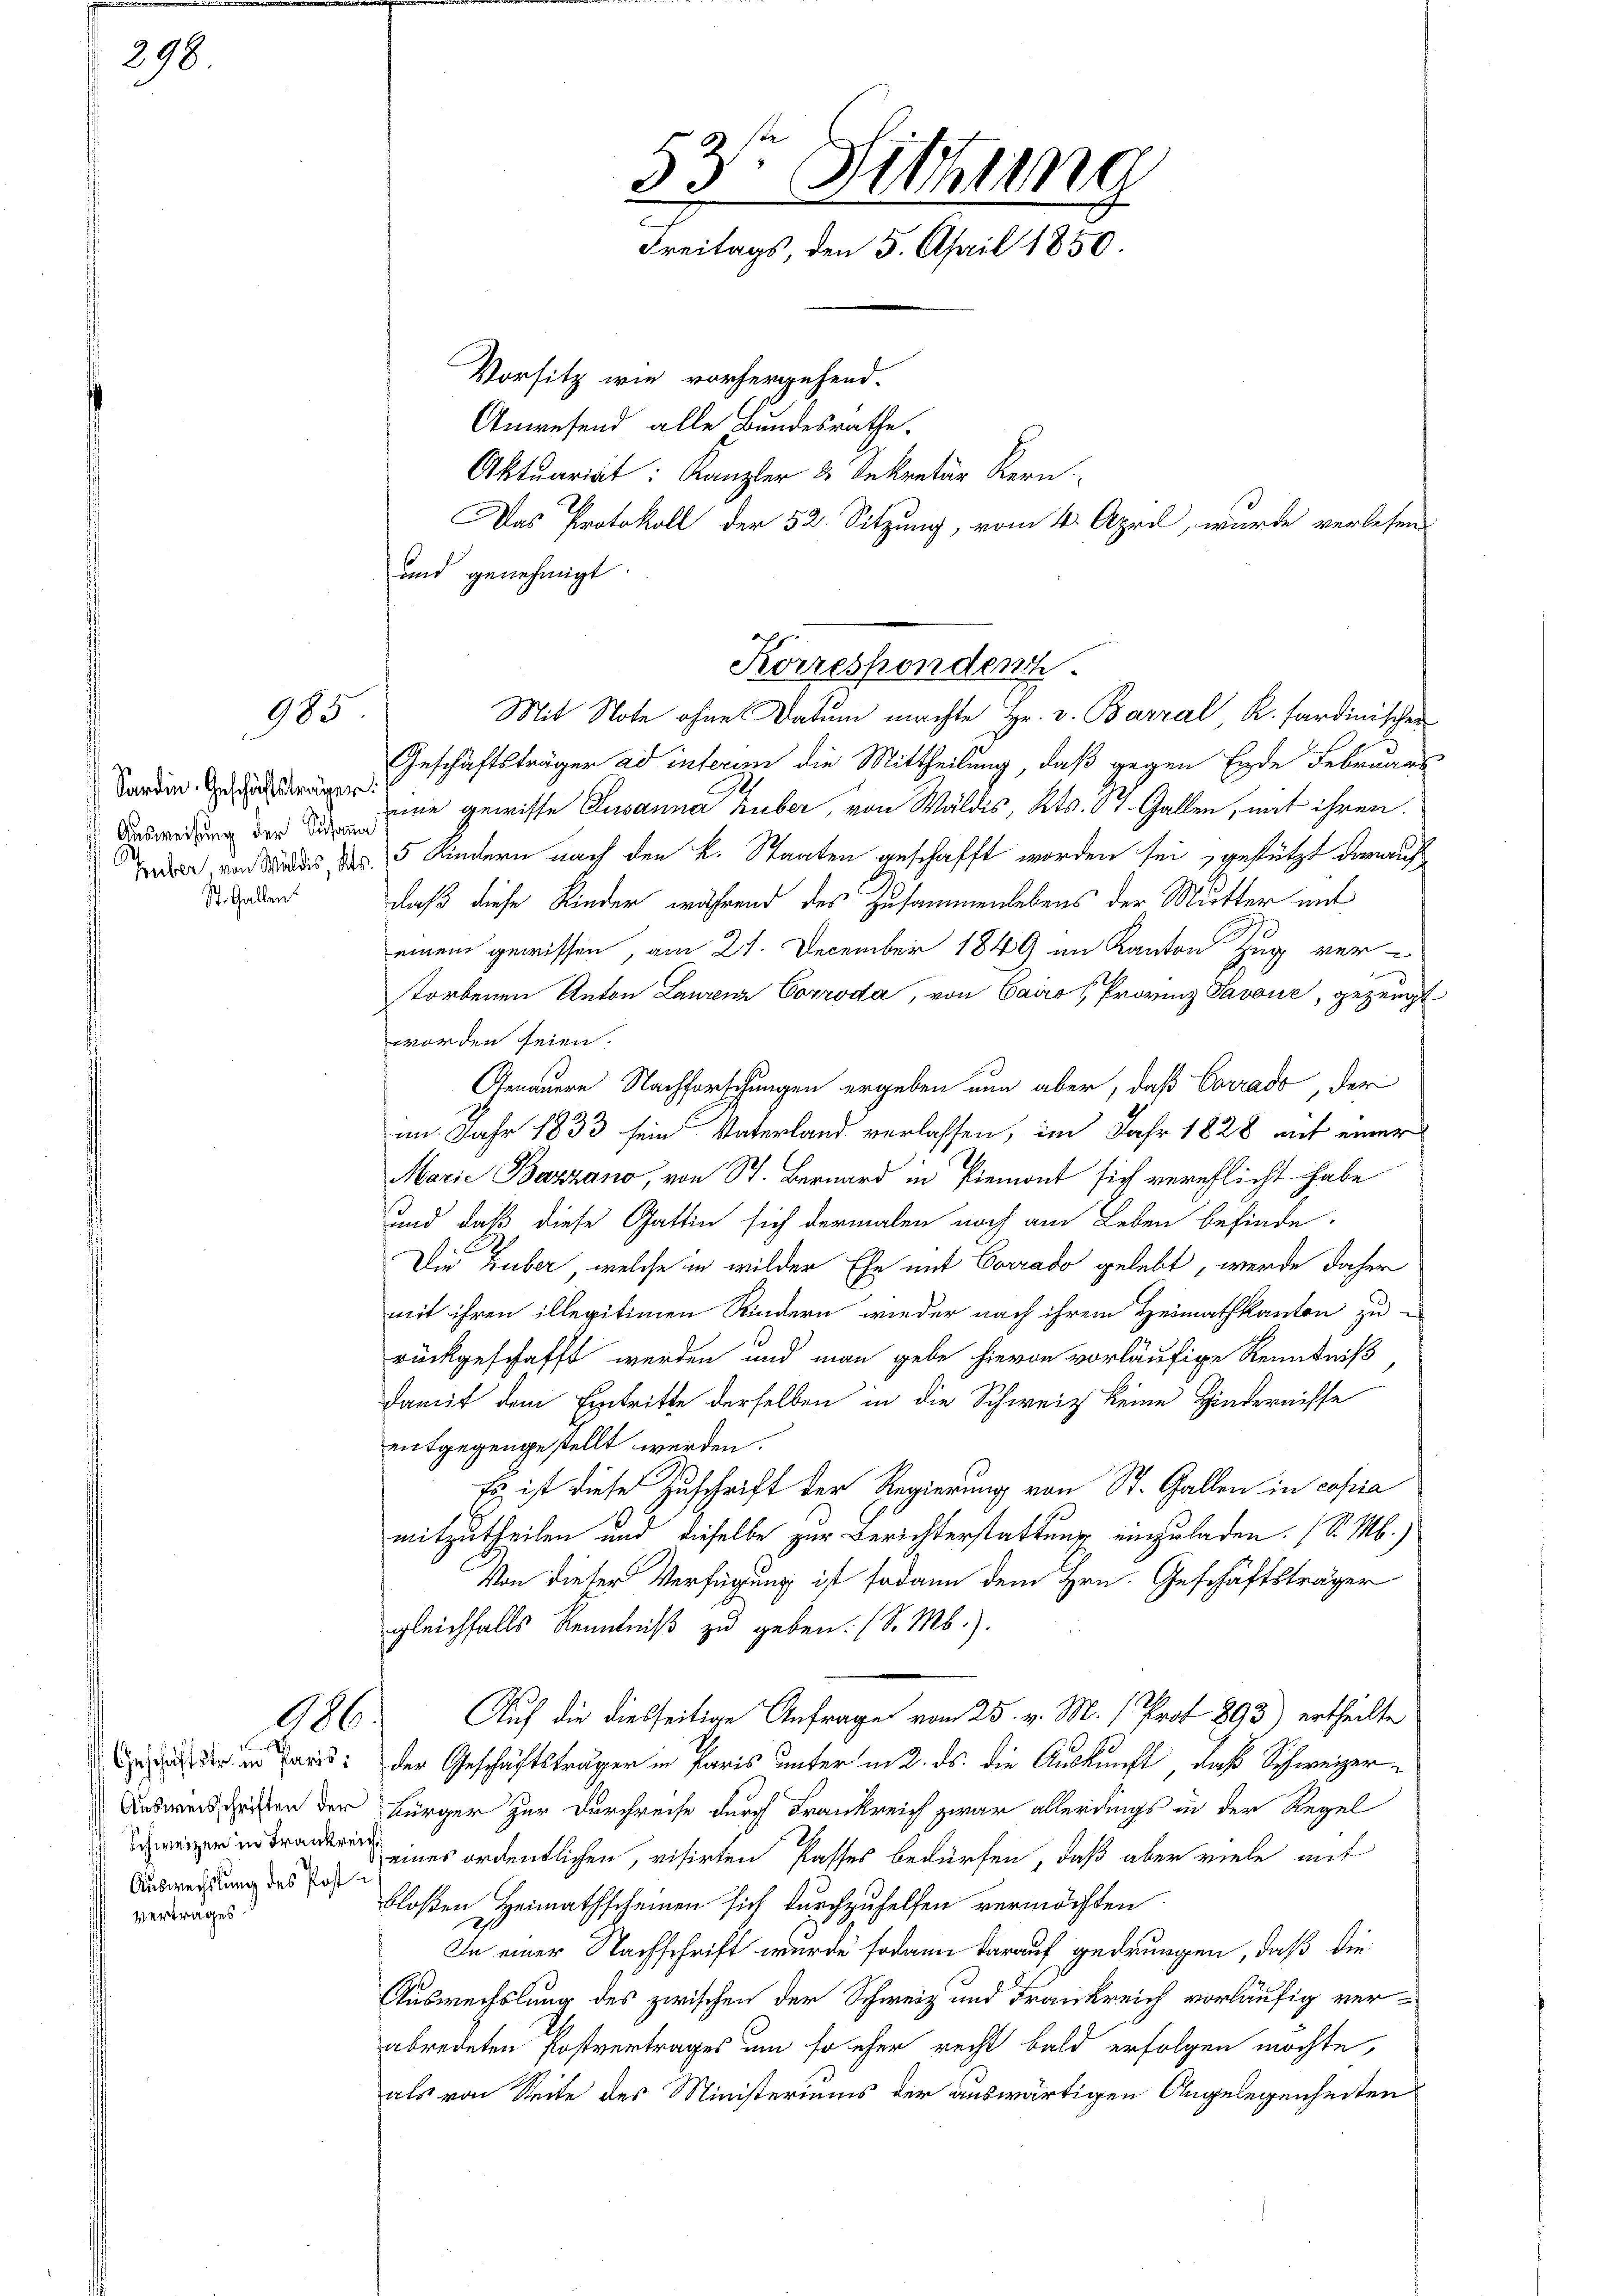
298

Sardin. Geschäftsträger.
Ausweisung der Susann
St. Gallen.

ertrages

985

Geschäftstr. in Paris;
Ausweisschriften der
Auswechslung des Post¬

und genehmigt.

53. Sitzung
2
Freitags, den 5. April 1850.
Vorsitz wie vorhergehend.
Anwesend alle Bundesrathe.
Aktuariat: Kanzler 2. Sekretär Kern
Das Protokoll der 52. Sitzung, vom 4. April, wurde verlesen

Korresponden.
Mit Note ohne Datum machte Hr. v. Barral R. sardinischen

Geschäftsträger ad interen die Mittheilung, daß gegen Ende Februars
mie gewisse Susanna Huber, von Wäldis, Kts. St. Gallen, mit ihren
d von des des 15 Kindern nach den k. Staaten geschafft worden sei, gestützt darauf
daß diese Kinder während des Zusammenlebens der Mutter mit
einem gewissen, am 21. December 1849 im Kanton Zug ver-
torbenen Anton Laurenz Corroda, von Cairo (Provinz Savoué, gezeugt
worden seien.
Genauern Nachforschungen ergeben nun aber, daß Corrado, der
im Jahr 1833 sein Vaterland verlassen, im Jahr 1828 auf einer
Marie Bazzano, von St. Bernard in Piemont sich verpflicht habe
und daß diese Gattin sich dermalen noch am Leben befinde.
Die Huber, welche in wilder Ehe mit Corrado gelebt, werde daher
mit ihren illegitimen Kindern wieder nach ihrem Heimathkanton zu
rückgeschafft werden und man gebe hievon vorläufige Kenntniß
damit dem Eintritte derselben in die Schweiz keine Hindernisse
entgegengestellt werden.
Es ist diese Zuschrift der Regierung von St. Gallen in copia
mitzutheilen und dieselbe zur Berichterstattung einzuladen. (S. M.)
Von dieser Verfügung ist sodann dem Hrn. Geschäftsträger
gleichfalls Kenntniß zu geben. (S. M.).
986. Auf die dießseitige Anfrage vom 25. v. M. Prot. 893) ertheilte
der Geschäftsträger in Paris unter in 2. ds. die Auskunft, daß Schweizer¬
Bürger zur Durchreise durch Frankreich zwar allerdings in der Regel
reines ordentlichen, visirten Passes bedürfen, daß aber viele auf
bloßen Heimathscheinen sich durchzuhelfen vermöchten
In einer Nachschrift wurde sodann darauf gedrungen, daß die
Auswechslung des zwischen der Schweiz und Frankreich vorläufig verabredeten Postvertrages um so eher recht bald erfolgen möchte,
als von Seite des Ministeriums der auswärtigen Angelegenheiten